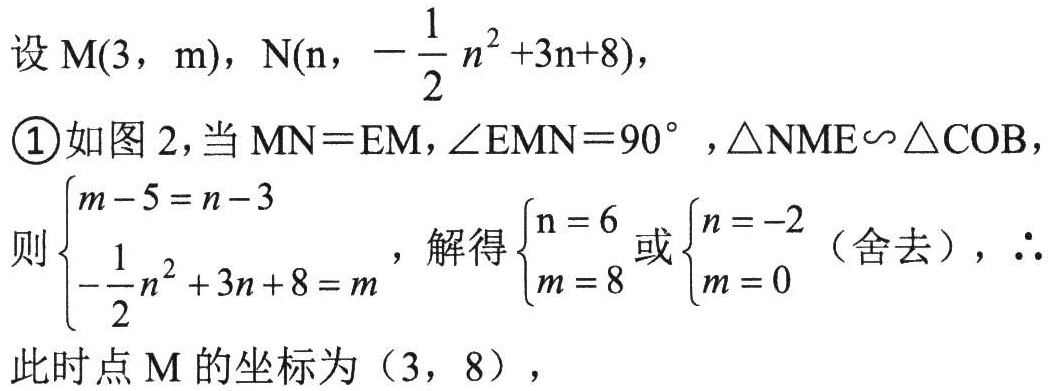
设\(M(3,\ m)\)，\(N(n,\ -\dfrac{1}{2}n^{2}+3n + 8)\)，
\textcircled{1}如图2，当\(MN = EM\)，\(\angle EMN = 90^{\circ}\) ，\(\triangle NME\backsim\triangle COB\)，
则\(\begin{cases}m - 5 = n - 3\\-\dfrac{1}{2}n^{2}+3n + 8 = m\end{cases}\)，解得\(\begin{cases}n = 6\\m = 8\end{cases}\)或\(\begin{cases}n = -2\\m = 0\end{cases}\)（舍去），\(\therefore\)
此时点\(M\)的坐标为\((3,\ 8)\)，